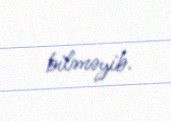
bilməyib.